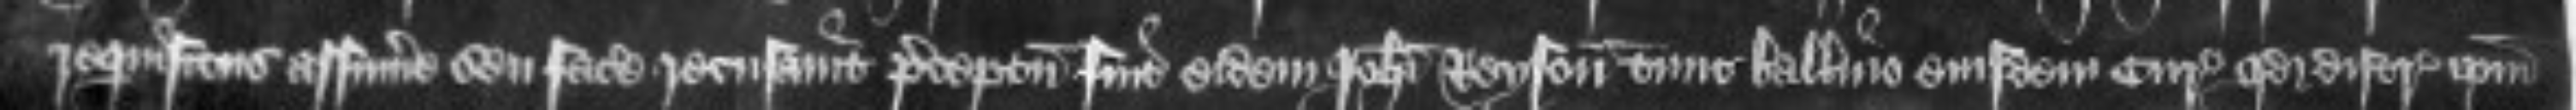
requisitus assumere seu facere recusavit preceptum fuit eidem Johanni Reyson tunc balliuo eiusdem Curie quod distringat ipsum